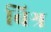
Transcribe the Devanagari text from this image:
बिश्र